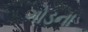
ગોડના